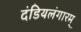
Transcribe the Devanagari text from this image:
दंडियलंगारम्